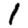
Digit: 1